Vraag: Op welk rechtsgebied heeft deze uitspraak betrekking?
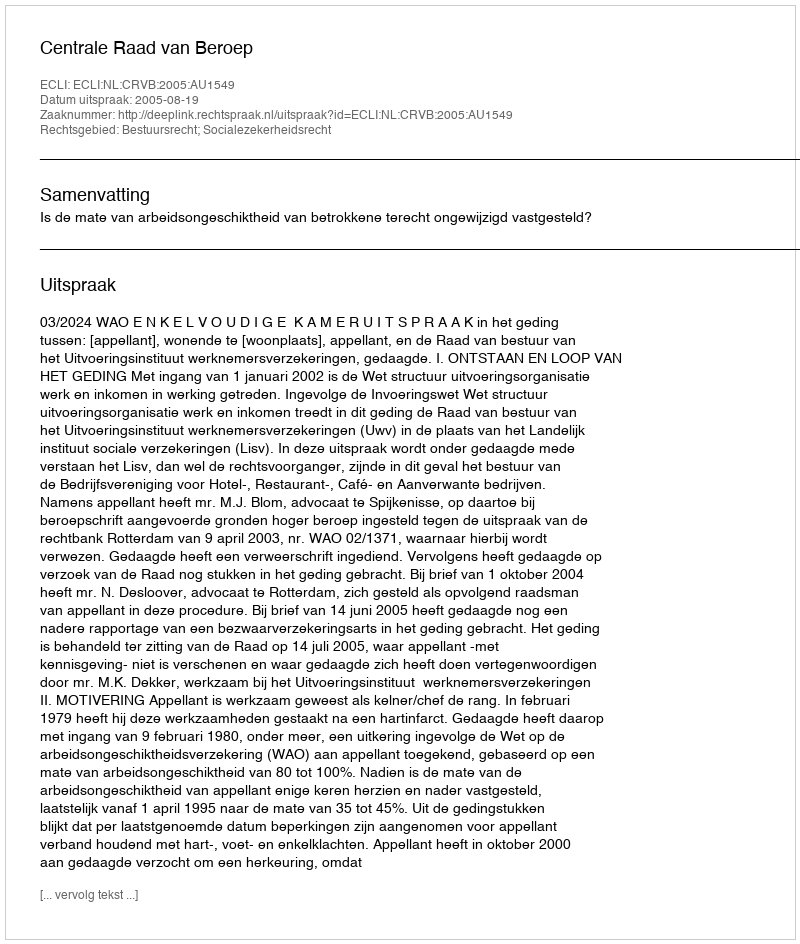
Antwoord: Bestuursrecht; Socialezekerheidsrecht